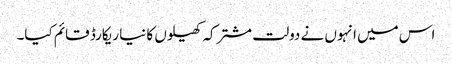
اس میں انہوں نے دولت مشترکہ کھیلوں کا نیا ریکارڈ قائم کیا۔